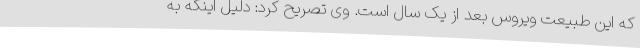
که این طبیعت ویروس بعد از یک سال است. وی تصریح کرد: دلیل اینکه به